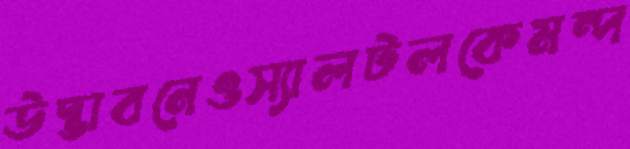
উদ্ভাবনেওস্যালটলকেমন্দ